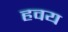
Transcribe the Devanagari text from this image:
हवय